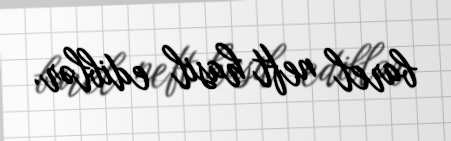
barel neft hasil ediblər.